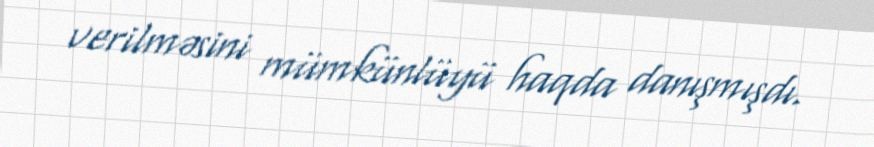
verilməsini mümkünlüyü haqda danışmışdı.